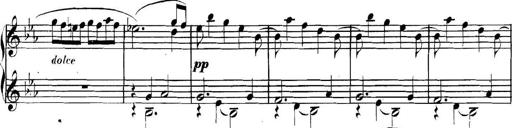
Title: Collected Piano Sonatas
Composer: Muzio Clementi